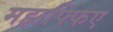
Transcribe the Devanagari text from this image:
महाफ्फिए